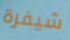
شيفرة